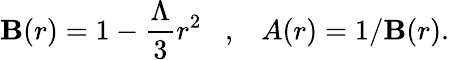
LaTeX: \mathbf{B}(r)=1-{\frac{{\Lambda}}{{3}}}r^{2}\; \; \; ,\; \; \; A(r)=1/\mathbf{B}(r).